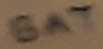
Text: BAT